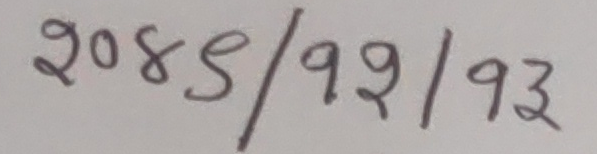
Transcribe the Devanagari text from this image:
२०४९/१२/१३